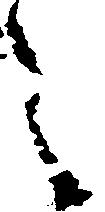
之